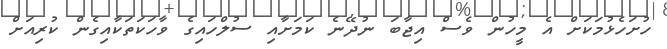
ހުށަހެޅުމަކަށް އެ މީހުން ވެސް އިޖާބަ ނުދޭނެ ކަމަށާއި ސުލްހައިގެ ވާހަކަތަކާއިގެން ކުރިއަށް